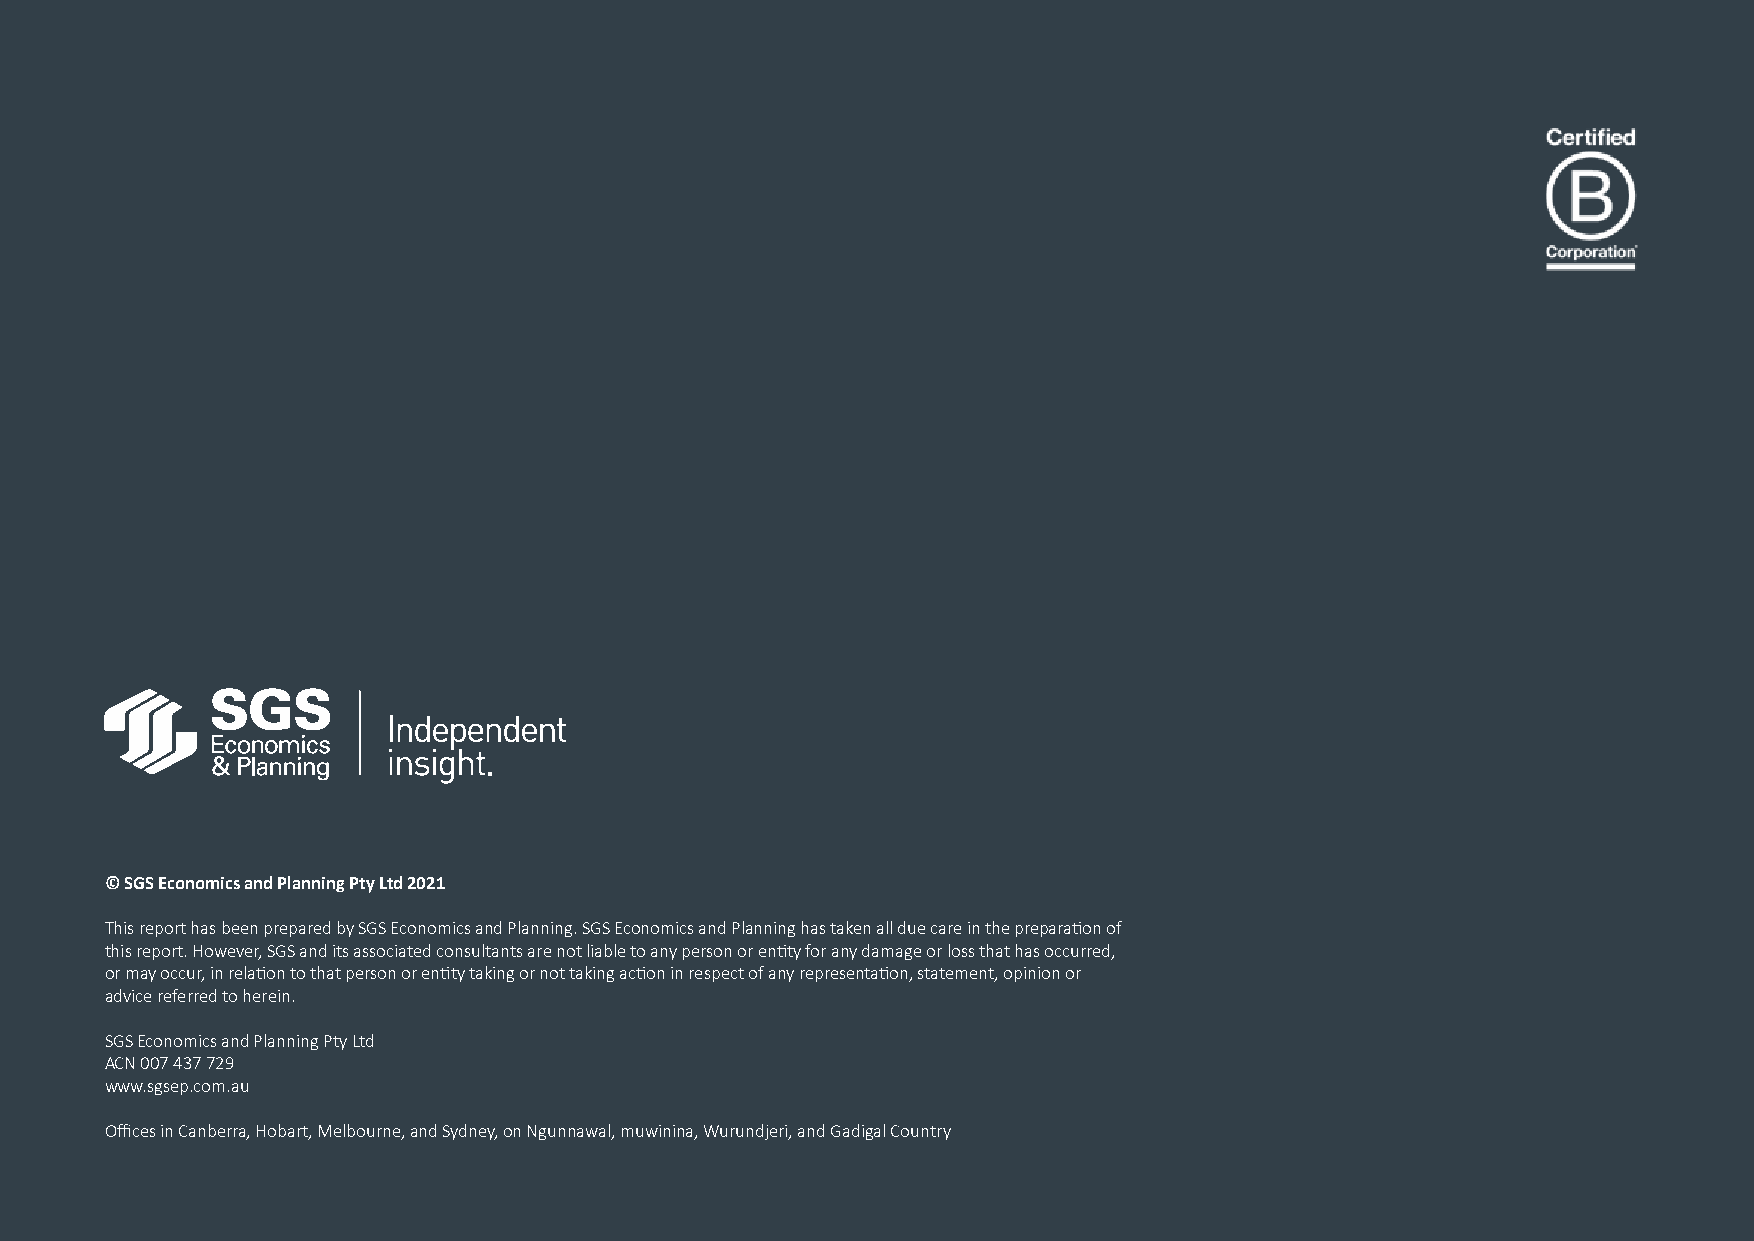
© SGS Economics and Planning Pty Ltd 2021
 This report has been prepared by SGS Economics and Planning. SGS Economics and Planning has taken all due care in the preparation of
 this report. However, SGS and its associated consultants are not liable to any person or entity for any damage or loss that has occurred,
 or may occur, in relation to that person or entity taking or not taking action in respect of any representation, statement, opinion or
 advice referred to herein.
 SGS Economics and Planning Pty Ltd
 ACN 007 437 729
 www.sgsep.com.au
 Offices in Canberra, Hobart, Melbourne, and Sydney, on Ngunnawal, muwinina, Wurundjeri, and Gadigal Country